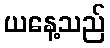
ယနေ့သည်